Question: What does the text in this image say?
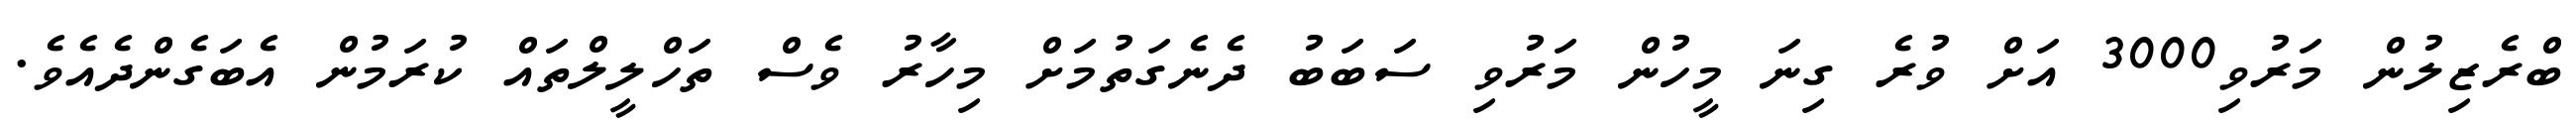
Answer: ބްރެޒިލުން މަރުވި3000 އަށް ވުރެ ގިނަ މީހުން މަރުވި ސަބަބު ދެނެގަތުމަށް މިހާރު ވެސް ތަހްލީލްތައް ކުރަމުން އެބަގެންދެއެވެ.